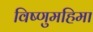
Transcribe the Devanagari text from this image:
विष्णुमहिमा